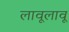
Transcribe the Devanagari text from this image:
लावूलावू